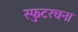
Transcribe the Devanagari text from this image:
स्फुटरचना